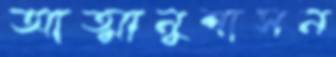
আত্মানুশাসন